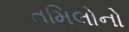
તમિલોનો